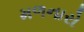
મળનારો